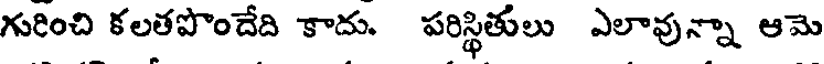
గురించి కలతపొందేది కాదు. పరిస్థితులు ఎలావున్నా ఆమె